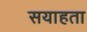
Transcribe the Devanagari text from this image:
सयाहता